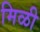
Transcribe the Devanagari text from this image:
मिळी